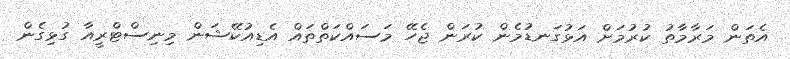
އެތަން މަރާމާތު ކުރުމަށް އަޅުގަނޑުމެން ކުރަން ޖެހޭ މަސައްކަތްތައް އެޑިއުކޭޝަން މިނިސްޓްރީއާ ގުޅިގެން